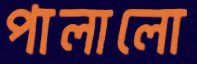
পালালো